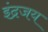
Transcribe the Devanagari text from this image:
इंद्रजय